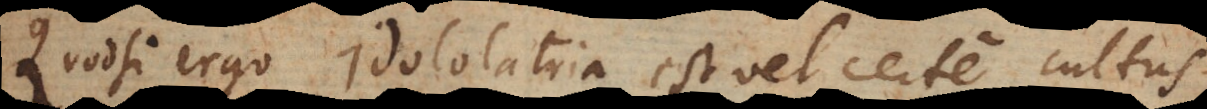
Quodsi ergo idololatria est vel certe cultus